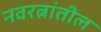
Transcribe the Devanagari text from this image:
नवरत्नांतील